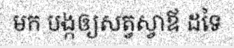
មក បង្កឲ្យសត្វស្វាឪ ដទៃ